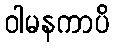
ဝါမနကာပိ